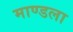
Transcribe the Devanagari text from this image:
माण्डला